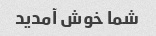
شما خوش آمدید